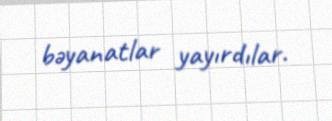
bəyanatlar yayırdılar.